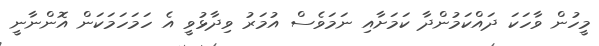
މީހުން ވާހަކަ ދައްކަމުންދާ ކަމަށާއި ނަމަވެސް އުމަރު ވިދާޅުވީ އެ ހަމަހަމަކަން އޮންނާނީ